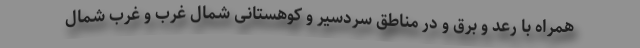
همراه با رعد و برق و در مناطق سردسیر و کوهستانی شمال غرب و غرب شمال